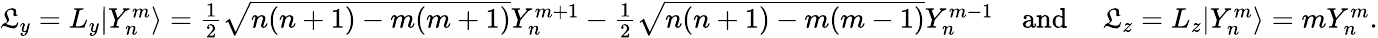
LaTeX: \begin{array}{r}{\mathfrak{L}_{y}=L_{y}|Y_{n}^{m}\rangle=\frac{1}{2}\sqrt{n(n+1)-m(m+1)}Y_{n}^{m+1}-\frac{1}{2}\sqrt{n(n+1)-m(m-1)}Y_{n}^{m-1}\quad\mathrm{and\ }\quad\mathfrak{L}_{z}=L_{z}|Y_{n}^{m}\rangle=mY_{n}^{m}.}\end{array}